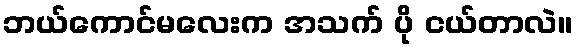
ဘယ်ကောင်မလေးက အသက် ပို ငယ်တာလဲ။